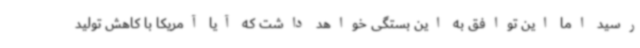
رسید اما این توافق به این بستگی خواهد داشت که آیا آمریکا با کاهش تولید